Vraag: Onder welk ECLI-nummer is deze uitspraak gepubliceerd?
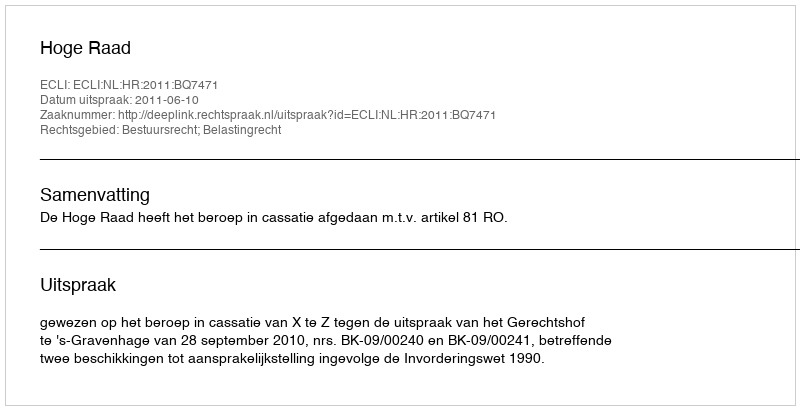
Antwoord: ECLI:NL:HR:2011:BQ7471